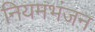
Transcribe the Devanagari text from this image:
नियमभंजन